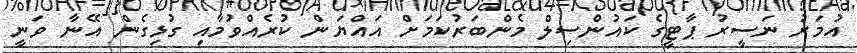
އުމަރު ނަސީރު ޕާޓީގެ ކައުންސިލް މެންބަރުކަމަށް އައްޔަން ކުރެއްވުމާއި ގުޅިގެން އޭނާ ވަނީ